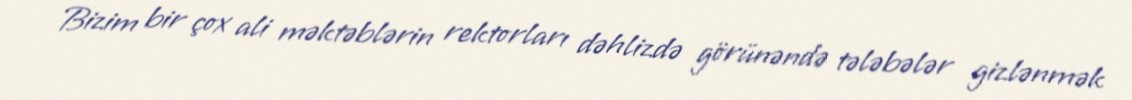
Bizim bir çox ali məktəblərin rektorları dəhlizdə görünəndə tələbələr gizlənmək